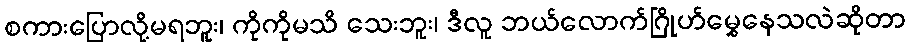
စကားပြောလို့မရဘူး၊ ကိုကိုမသိ သေးဘူး၊ ဒီလူ ဘယ်လောက်ဂြိုဟ်မွှေနေသလဲဆိုတာ